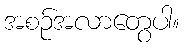
အစဉ်အလာတွေပါ။